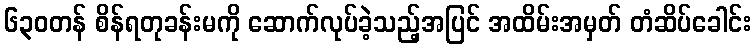
၆၃၀တန် စိန်ရတုခန်းမကို ဆောက်လုပ်ခဲ့သည့်အပြင် အထိမ်းအမှတ် တံဆိပ်ခေါင်း